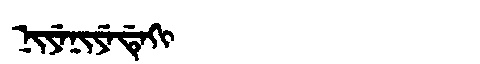
Manchu: ᠨᡳᠶᡝᠨᡳᠶᡝᡩᡝᡴᡳ
Romanization: NIYENIYEDEKI